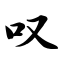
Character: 叹